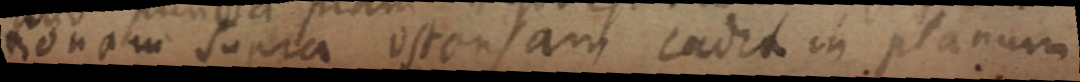
tionam supra opersant cadet in planum